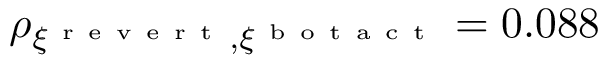
\rho _ { \xi ^ { \mathrm { ~ r ~ e ~ v ~ e ~ r ~ t ~ } } , \xi ^ { \mathrm { ~ b ~ o ~ t ~ a ~ c ~ t ~ } } } = 0 . 0 8 8